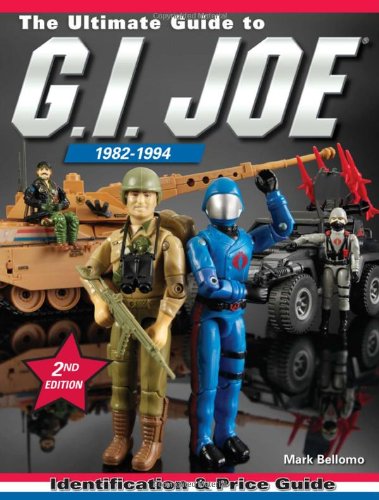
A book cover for The Ultimate Guide to G.I. Joe 1982-1994: Identification and Price Guide, 2nd Edition; Mark Bellomo; Crafts, Hobbies & Home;